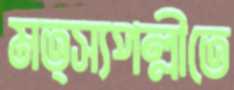
মত্স্যপল্লীতে